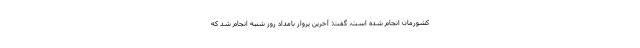
کشورمان انجام شده است، گفت: آخرین پرواز بامداد روز شنبه انجام شد که